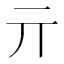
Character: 亓